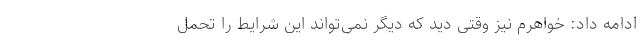
ادامه داد: خواهرم نیز وقتی دید که دیگر نمی‌تواند این شرایط را تحمل